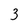
Character: 3